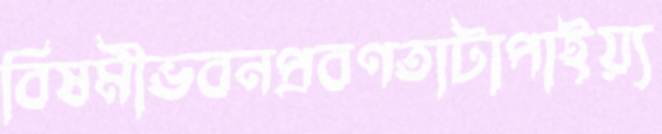
বিষমীভবনপ্রবণতাটাপাইয়্য